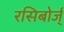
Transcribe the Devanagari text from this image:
रसिबोर्ज्